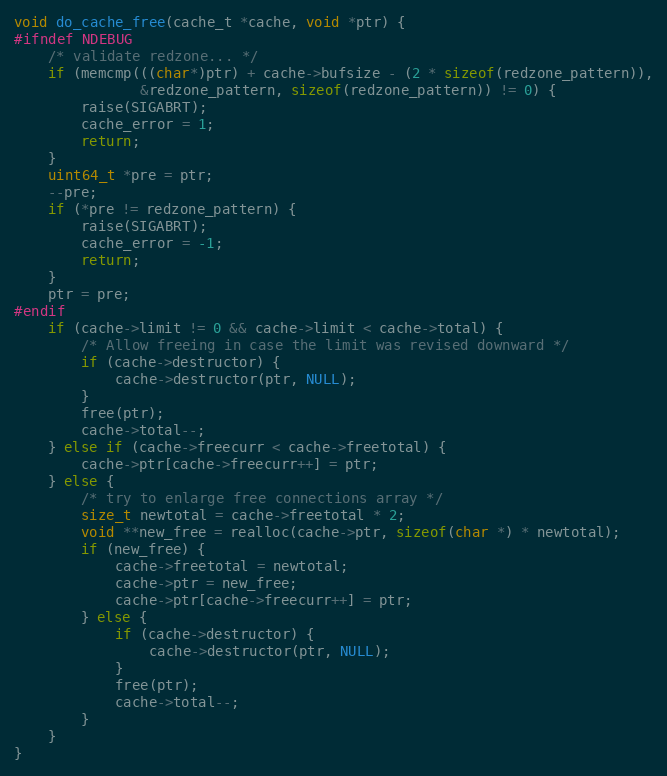
Language: C
void do_cache_free(cache_t *cache, void *ptr) {
#ifndef NDEBUG
    /* validate redzone... */
    if (memcmp(((char*)ptr) + cache->bufsize - (2 * sizeof(redzone_pattern)),
               &redzone_pattern, sizeof(redzone_pattern)) != 0) {
        raise(SIGABRT);
        cache_error = 1;
        return;
    }
    uint64_t *pre = ptr;
    --pre;
    if (*pre != redzone_pattern) {
        raise(SIGABRT);
        cache_error = -1;
        return;
    }
    ptr = pre;
#endif
    if (cache->limit != 0 && cache->limit < cache->total) {
        /* Allow freeing in case the limit was revised downward */
        if (cache->destructor) {
            cache->destructor(ptr, NULL);
        }
        free(ptr);
        cache->total--;
    } else if (cache->freecurr < cache->freetotal) {
        cache->ptr[cache->freecurr++] = ptr;
    } else {
        /* try to enlarge free connections array */
        size_t newtotal = cache->freetotal * 2;
        void **new_free = realloc(cache->ptr, sizeof(char *) * newtotal);
        if (new_free) {
            cache->freetotal = newtotal;
            cache->ptr = new_free;
            cache->ptr[cache->freecurr++] = ptr;
        } else {
            if (cache->destructor) {
                cache->destructor(ptr, NULL);
            }
            free(ptr);
            cache->total--;
        }
    }
}